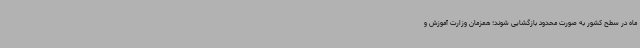
ماه در سطح کشور به صورت محدود بازگشایی شوند؛ همزمان وزارت آموزش و